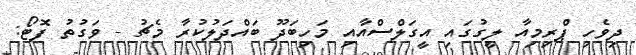
ދިވެހި ޕްރިމިއާ ލީގުގައި އީގަލްސްއާއި މަހިބަދޫ ބައްދަލުކުރާ މެޗު - ވަގުތު ފޮޓޯ: